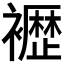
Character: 𫌕